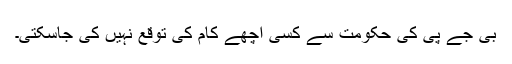
بی جے پی کی حکومت سے کسی اچھے کام کی توقع نہیں کی جاسکتی۔